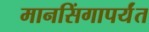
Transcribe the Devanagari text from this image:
मानसिंगापर्यंत